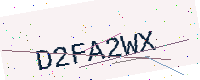
Text: D2FA2WX